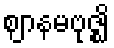
ဈာနမဗုဇ္ဈိ